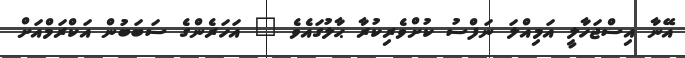
އޭނާ އިސްޖަހާލީ އަމިއްލަ ނަފްސު ކުށްވެރިކުރާ ޙާލުގައެވެ " އަހަރެންގެ ސަބަބުން އަކްރަމްއަށް